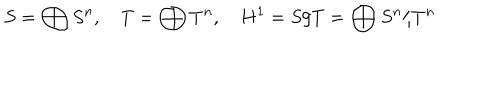
LaTeX: S = \bigoplus S ^ { n } , \quad T = \bigoplus T ^ { n } , \quad H ^ { 1 } = S / T = \bigoplus S ^ { n } / T ^ { n }